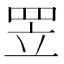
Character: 𦊢